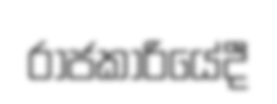
රාජකාරියේදී